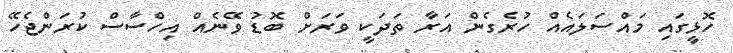
ހޮޅީގައި މައްސަލައެއް ހުރެގެން އަރާ ތަދަކީ ވަރަށް ބޮޑު ވޭނެއް އިހްސާސް ކުރަންޖެހޭ